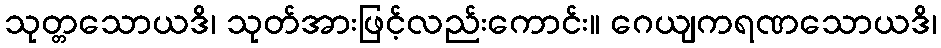
သုတ္တသောယဒိ၊ သုတ်အားဖြင့်လည်းကောင်း။ ဂေယျကရဏသောယဒိ၊